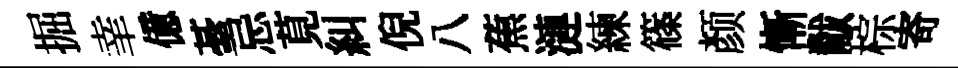
掘𦍒億䑓忌莧糾倪八蕉漣練篠颜慚黻棕寄